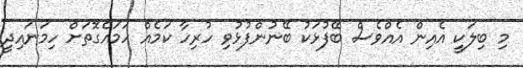
މި ބިލަކީ އެއިން އެއްވެސް ބޭފުޅަކު ބޭނުންފުޅުވި ހުރިހާ ކަމެއް ހަމައެގޮތަށް ހިމަނައިދީ